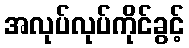
အလုပ်လုပ်ကိုင်ခွင့်